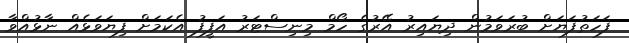
ފަހަތުފަޔަށް ބުރަވަމުން ދިޔައިރު އޭރުގެ ހޯމް މިނިސްޓަރު އަފީފު އެކަމަށް ފިޔަވަޅެއް ނާޅުއްވާ